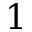
1